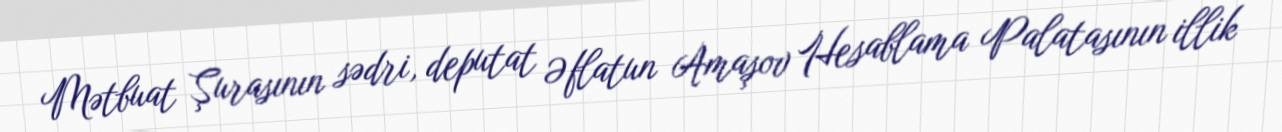
Mətbuat Şurasının sədri, deputat Əflatun Amaşov Hesablama Palatasının illik